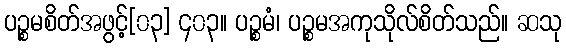
ပဉ္စမစိတ်အဖွင့်[၀၃] ၄၀၃။ ပဉ္စမံ၊ ပဉ္စမအကုသိုလ်စိတ်သည်။ ဆသု